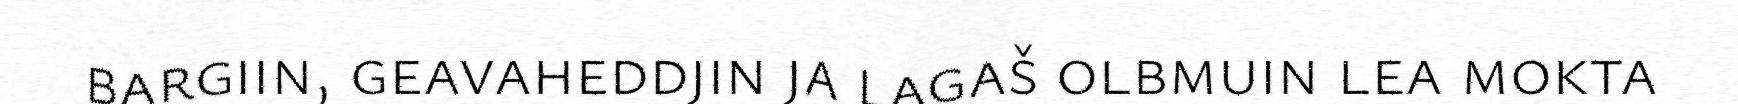
bargiin, geavaheddjin ja lagaš olbmuin lea mokta